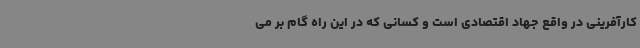
کارآفرینی در واقع جهاد اقتصادی است و کسانی که در این راه گام بر می